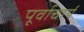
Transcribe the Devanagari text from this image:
पूर्वाचार्य